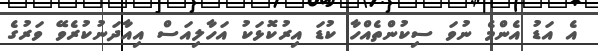
އެ އަޑު އެންމެ ނުވަ ސިކުންތެއްހާ ކުޑަ އިރުކޮޅަކު އަހާލިއަސް އިއާދަނުކުރެވޭ ވަރުގެ